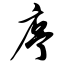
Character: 序